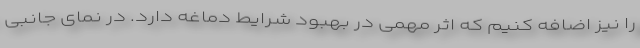
را نیز اضافه کنیم که اثر مهمی در بهبود شرایط دماغه دارد. در نمای جانبی